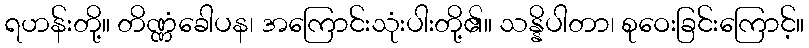
ရဟန်းတို့။ တိဏ္ဏံခေါပန၊ အကြောင်းသုံးပါးတို့၏။ သန္နိပါတာ၊ စုဝေးခြင်းကြောင့်။